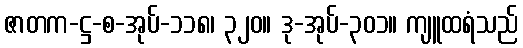
ဇာတက-ဋ္ဌ-စ-အုပ်-၁၁၈၊ ၃၂၀။ ဒု-အုပ်-၃၀၁။ ကျူထရံသည်